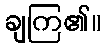
ချကြ၏။